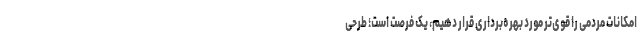
امکانات مردمی را قوی‌تر مورد بهره‌برداری قرار دهیم، یک فرصت است؛ طرحی